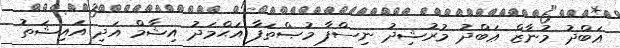
ޢަބްދު މުނާޒް ޢަބްދު މުރުޝިދު ނިސްފާ މުޞްތަފާ އަޙްމަދު އިޝާމް އަދި އައިޝަތު